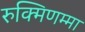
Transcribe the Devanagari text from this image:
रुक्मिणम्मा